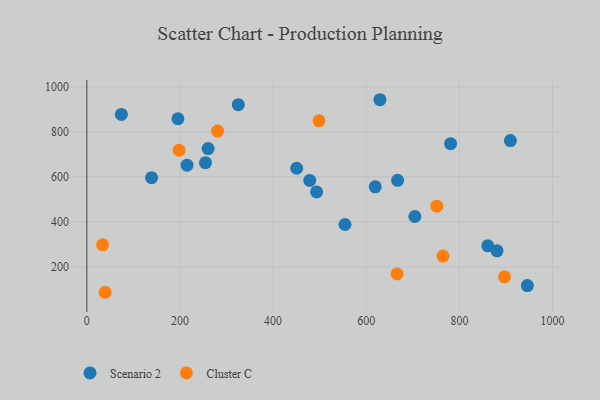
{"axis": {"x": "Investment", "y": "Rating"}, "legend": ["Cluster C", "Scenario 2"], "data": [{"x": "74.1", "y": 877.0, "type": "Scenario 2"}, {"x": "629.4", "y": 942.1, "type": "Scenario 2"}, {"x": "619.3", "y": 555.5, "type": "Scenario 2"}, {"x": "946.0", "y": 117.5, "type": "Scenario 2"}, {"x": "215.2", "y": 651.6, "type": "Scenario 2"}, {"x": "254.7", "y": 662.9, "type": "Scenario 2"}, {"x": "493.4", "y": 532.9, "type": "Scenario 2"}, {"x": "861.1", "y": 294.1, "type": "Scenario 2"}, {"x": "450.6", "y": 638.2, "type": "Scenario 2"}, {"x": "195.6", "y": 857.6, "type": "Scenario 2"}, {"x": "139.0", "y": 596.4, "type": "Scenario 2"}, {"x": "478.7", "y": 583.9, "type": "Scenario 2"}, {"x": "781.1", "y": 747.3, "type": "Scenario 2"}, {"x": "260.4", "y": 725.5, "type": "Scenario 2"}, {"x": "880.8", "y": 271.8, "type": "Scenario 2"}, {"x": "909.6", "y": 760.9, "type": "Scenario 2"}, {"x": "704.4", "y": 424.0, "type": "Scenario 2"}, {"x": "325.2", "y": 920.1, "type": "Scenario 2"}, {"x": "667.3", "y": 584.7, "type": "Scenario 2"}, {"x": "554.3", "y": 388.5, "type": "Scenario 2"}, {"x": "198.1", "y": 718.0, "type": "Cluster C"}, {"x": "498.6", "y": 848.6, "type": "Cluster C"}, {"x": "751.7", "y": 470.0, "type": "Cluster C"}, {"x": "33.9", "y": 298.4, "type": "Cluster C"}, {"x": "764.9", "y": 248.5, "type": "Cluster C"}, {"x": "39.2", "y": 87.9, "type": "Cluster C"}, {"x": "666.3", "y": 169.5, "type": "Cluster C"}, {"x": "896.9", "y": 156.1, "type": "Cluster C"}, {"x": "280.9", "y": 803.2, "type": "Cluster C"}]}